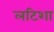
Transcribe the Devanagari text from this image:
लटिशा